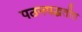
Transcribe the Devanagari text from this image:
पठनपद्धतींत